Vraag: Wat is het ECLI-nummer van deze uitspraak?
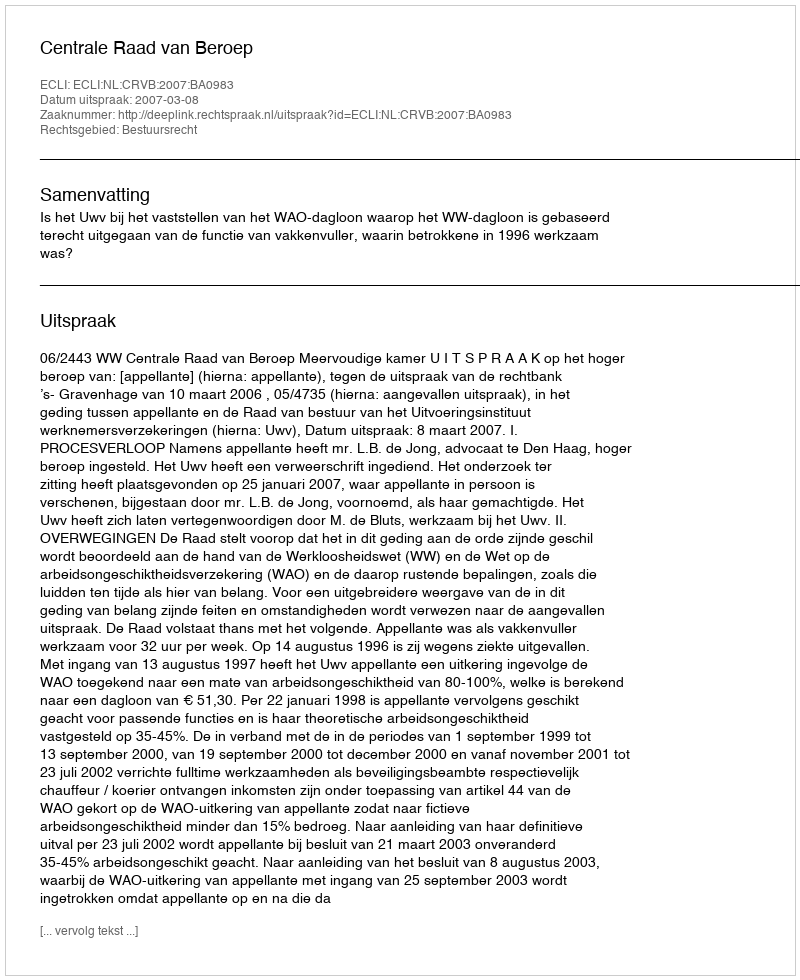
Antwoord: ECLI:NL:CRVB:2007:BA0983